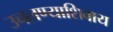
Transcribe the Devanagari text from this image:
उचलण्याशिवाय